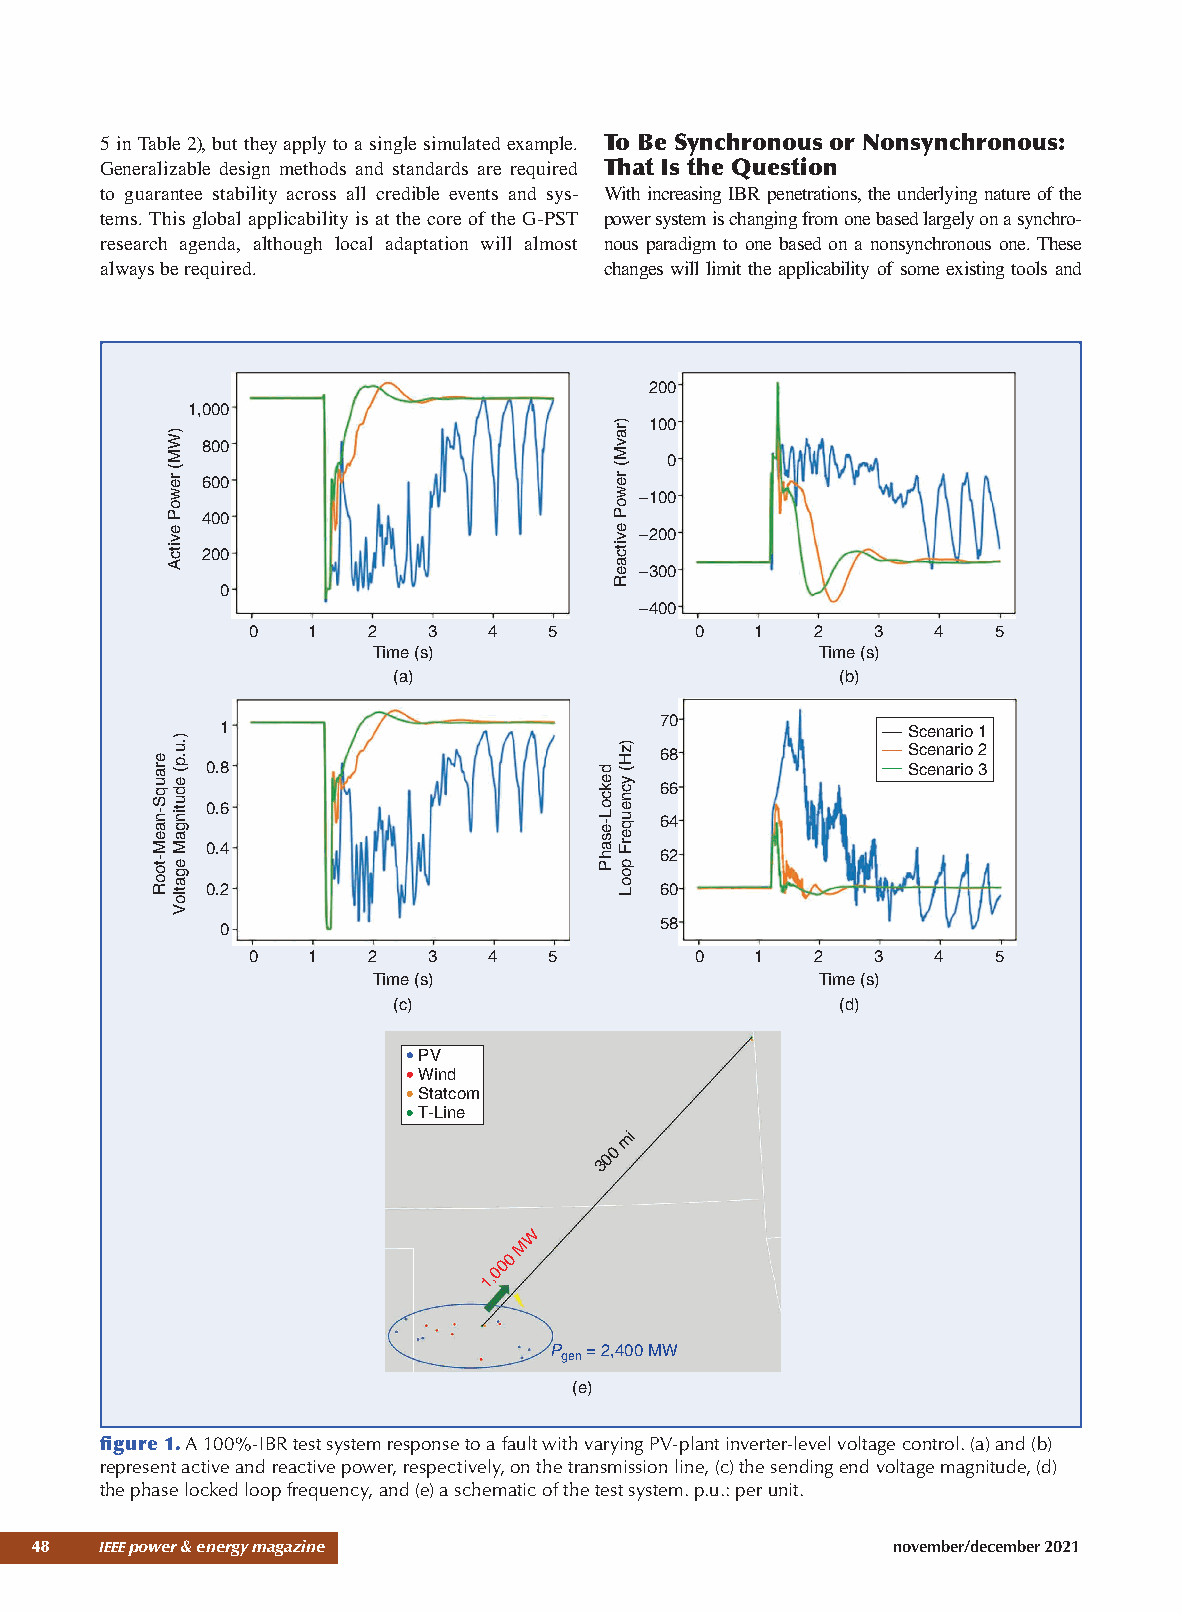
5 in Table 2), but they apply to a single simulated example. To Be Synchronous or Nonsynchronous:
 Generalizable design methods and standards are required That Is the Question
 to guarantee stability across all credible events and sys- With increasing IBR penetrations, the underlying nature of the
 tems. This global applicability is at the core of the G-PST power system is changing from one based largely on a synchro-
 research agenda, although local adaptation will almost nous paradigm to one based on a nonsynchronous one. These
 always be required.               changes will limit the applicability of some existing tools and
 200
 1,000
 100
 800
 0
 600
 –100
 400
 –200
 200
 –300
 0
 –400
 0   1   2   3   4   5         0   1   2   3   4   5
 Time (s)                     Time (s)
 (a)                          (b)
 70
 1                                             Scenario 1
 68              Scenario 2
 0.8                                           Scenario 3
 66
 0.6
 64
 0.4
 62
 0.2                           60
 58
 0
 0   1   2   3   4   5         0   1   2   3   4   5
 Time (s)                     Time (s)
 (c)                          (d)
 PV
 Wind
 Statcom
 T-Line
 mi
 0
 0
 3
 W
 M
 0
 0
 0
 1,
 P  = 2,400 MW
 gen
 (e)
 figure 1. A 100%-IBR test system response to a fault with varying PV-plant inverter-level voltage control. (a) and (b)
 represent active and reactive power, respectively, on the transmission line, (c) the sending end voltage magnitude, (d)
 the phase locked loop frequency, and (e) a schematic of the test system. p.u.: per unit.
 48 ieee power & energy magazine                        november/december 2021
 erauqS-naeM-tooR
 )WM(
 rewoP
 evitcA
 ).u.p(
 edutingaM
 egatloV
 dekcoL-esahP
 )ravM(
 rewoP
 evitcaeR
 )zH(
 ycneuqerF
 pooL